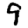
Digit: 9